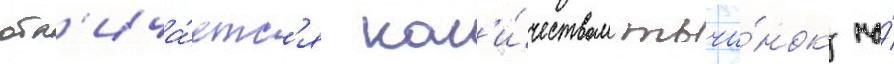
отл'ича́етс'я кол'и́чеством тычи́нок на́